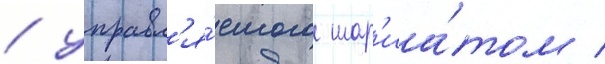
/ управл'я́емого шар'иа́том /